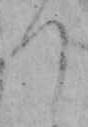
つ